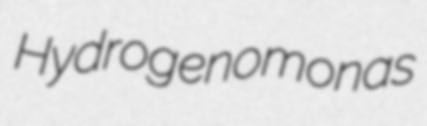
Hydrogenomonas